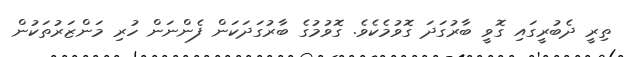
ތިރީ ދެބުރީގައި ގޮވީ ބާރުގަދަ ގޮވުމެކެވެ. ގޮވުމުގެ ބާރުގަދަކަން ފެންނަން ހުރި މަންޒަރުތަކުން